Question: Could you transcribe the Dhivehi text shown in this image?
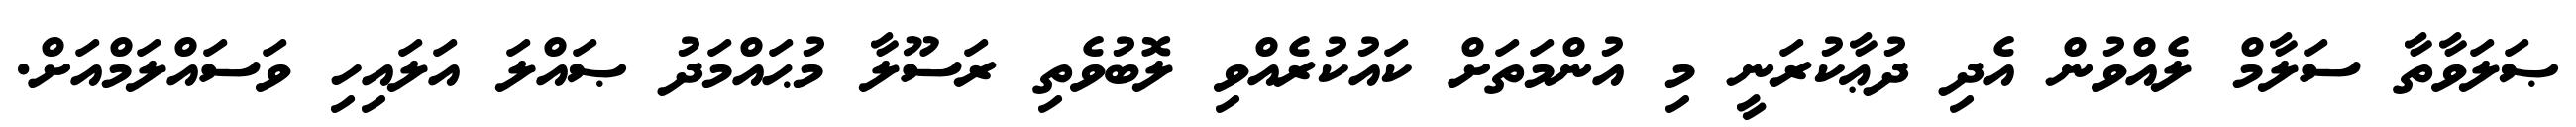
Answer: ޞަލަވާތާ ސަލާމް ލެއްވުން އެދި ދުޢާކުރަނީ މި އުންމަތަށް ކައުކުރެއްވި ލޮބުވެތި ރަސޫލާ މުޙައްމަދު ޞައްލަ އަލައިހި ވަސައްލަމްއަށް.